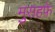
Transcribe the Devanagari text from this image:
मुसहफ़े